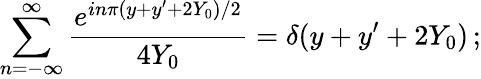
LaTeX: \sum_{n=-\infty}^{\infty}{\frac{e^{in\pi(y+y^{\prime}+2Y_{0})/2}}{4Y_{0}}}=\delta(y+y^{\prime}+2Y_{0})\, ;